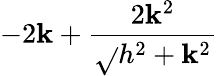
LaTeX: -2\mathbf{k}+\frac{{2\mathbf{k}^{2}}}{{\sqrt{}{{h^{2}+\mathbf{k}^{2}}}}}